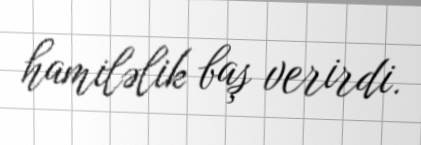
hamiləlik baş verirdi.